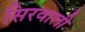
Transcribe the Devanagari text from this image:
सिरवाली